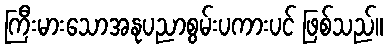
ကြီးမားသောအနုပညာစွမ်းပကားပင် ဖြစ်သည်။